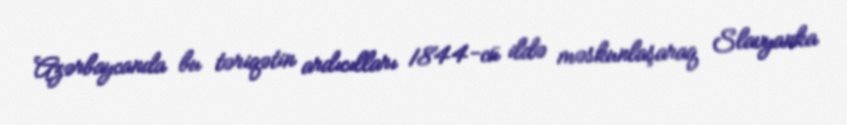
Azərbaycanda bu təriqətin ardıcılları 1844-cü ildə məskunlaşaraq Slavyanka